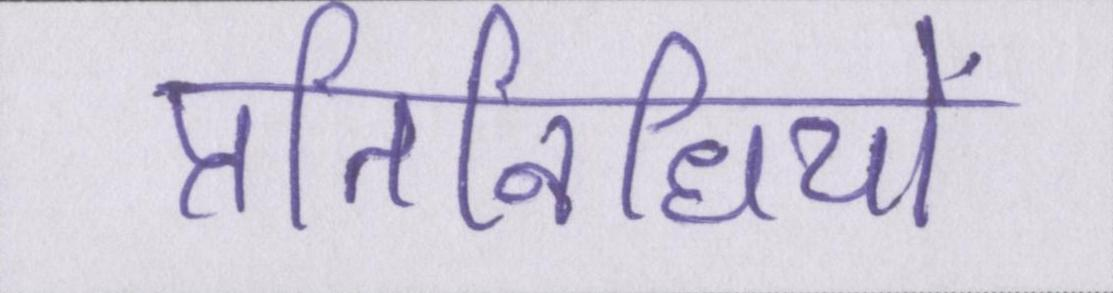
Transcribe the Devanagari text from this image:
प्रतिनिधियों